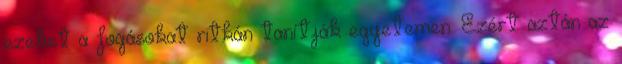
ezeket a fogásokat ritkán tanítják egyetemen. Ezért aztán az